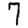
Digit: 7